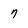
Character: 7